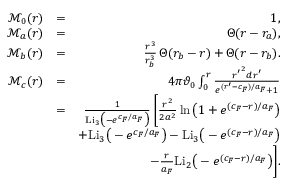
\begin{array} { r l r } { \mathcal { M } _ { 0 } ( r ) } & { = } & { 1 , } \\ { \mathcal { M } _ { a } ( r ) } & { = } & { \Theta ( r - r _ { a } ) , } \\ { \mathcal { M } _ { b } ( r ) } & { = } & { \frac { r ^ { 3 } } { r _ { b } ^ { 3 } } \, \Theta ( r _ { b } - r ) + \Theta ( r - r _ { b } ) . } \\ { \mathcal { M } _ { c } ( r ) } & { = } & { 4 \pi \vartheta _ { 0 } \int _ { 0 } ^ { r } \frac { { r ^ { \prime } } ^ { 2 } d r ^ { \prime } } { e ^ { ( r ^ { \prime } - c _ { F } ) / a _ { F } } + 1 } } \\ & { = } & { \frac { 1 } { \mathrm { L i } _ { 3 } \big ( - e ^ { c _ { F } / a _ { F } } \big ) } \, \Bigg [ \frac { r ^ { 2 } } { 2 a ^ { 2 } } \ln \big ( 1 + e ^ { ( c _ { F } - r ) / a _ { F } } \big ) } \\ & { } & { + \mathrm { L i } _ { 3 } \big ( - e ^ { c _ { F } / a _ { F } } \big ) - \mathrm { L i } _ { 3 } \big ( - e ^ { ( c _ { F } - r ) / a _ { F } } \big ) } \\ & { } & { - \frac { r } { a _ { F } } \mathrm { L i } _ { 2 } \big ( - e ^ { ( c _ { F } - r ) / a _ { F } } \big ) \Bigg ] . } \end{array}